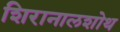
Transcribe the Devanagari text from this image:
शिरानालशोथ